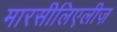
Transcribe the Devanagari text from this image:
मारसीलिएलीज़